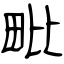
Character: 毗